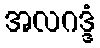
အလဂဒ္ဒံ